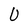
Character: U